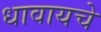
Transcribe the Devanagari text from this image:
धावायचे